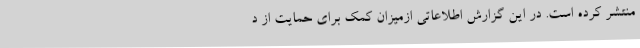
منتشر کرده است. در این گزارش اطلاعاتی ازمیزان کمک برای حمایت از د